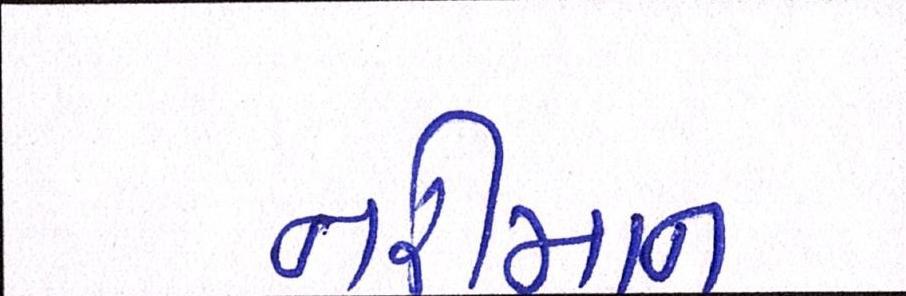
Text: નરીમાન